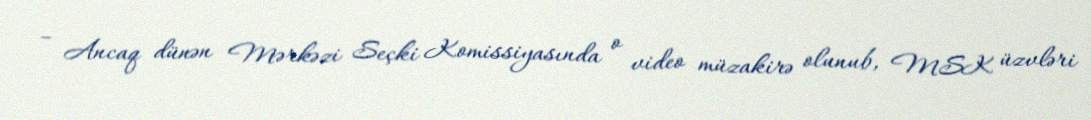
– Ancaq dünən Mərkəzi Seçki Komissiyasında o video müzakirə olunub, MSK üzvləri